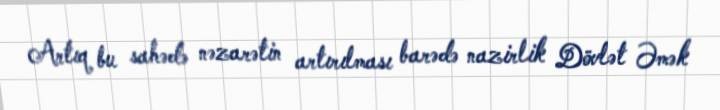
Artıq bu sahədə nəzarətin artırılması barədə nazirlik Dövlət Əmək